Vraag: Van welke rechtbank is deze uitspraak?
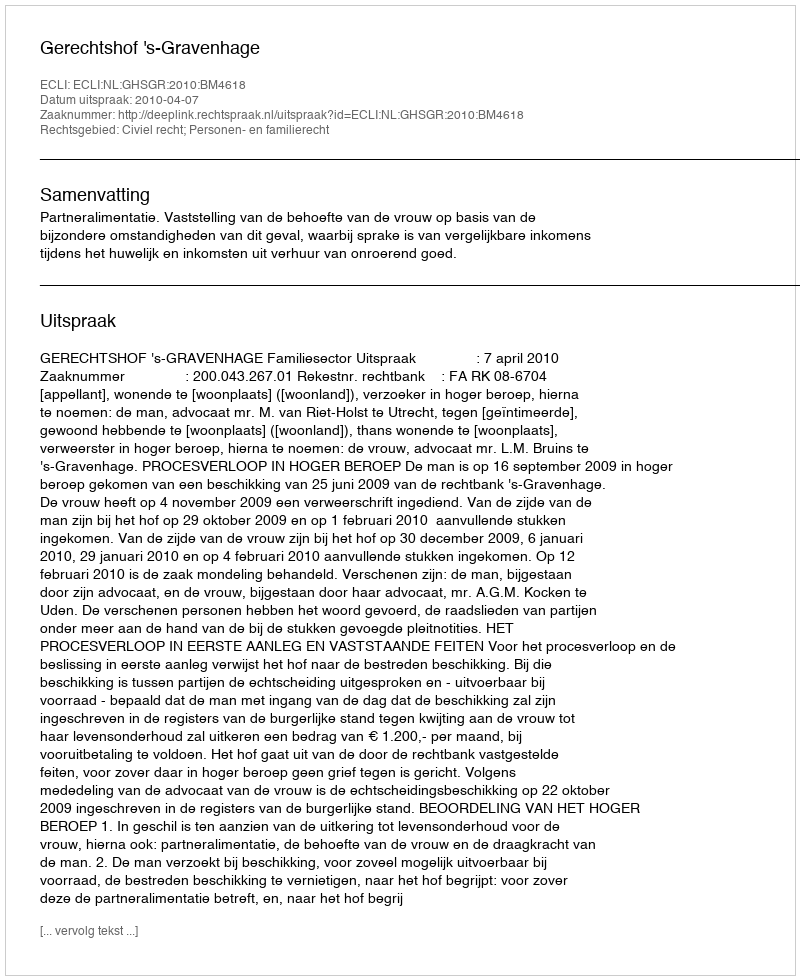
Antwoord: Gerechtshof 's-Gravenhage